Report on horse surra - Volume I
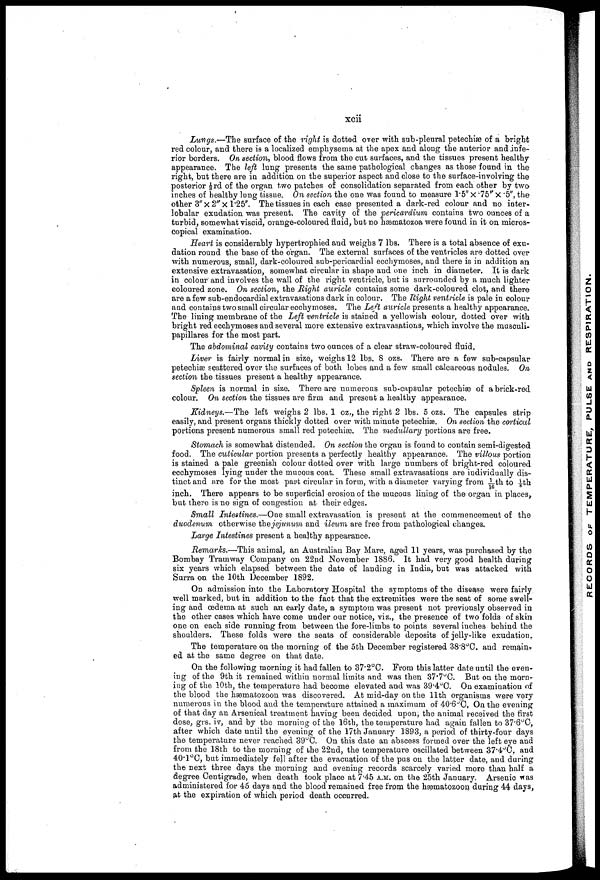
xcii
Lungs.—The surface of the right is clotted over with sub-pleural petechiæ of a bright
red colour, and there is a localized emphysema at the apex and along the anterior and infe
rior borders. On section, blood flows from the cut surfaces, and the tissues present healthy
appearance. The left lung presents the same pathological changes as those found in the
right, but there are in addition on the superior aspect and close to the surface-involving the
posterior ⅓rd of the organ two patches of consolidation separated from each other by two
inches of healthy lung tissue. On section the one was found to measure 1.5" × .75" × .5", the
other 3" ×2"× 1.25". The tissues in each case presented a dark-red colour and no inter
lobular exudation was present. The cavity of the pericardium contains two ounces of a
turbid, somewhat viscid, orange-coloured fluid, but no hætnatozoa were found in it on micros
copical examination.
Heart is considerably hypertrophied and weighs 7 lbs. There is a total absence of exu
dation round the base of the organ. The external surfaces of the ventricles are dotted over
with numerous, small, dark-coloured sub-pericardial ecchymoses, and there is in addition an
extensive extravasation, somewhat circular in shape and one inch in diameter, It is dark
in colour and involves the wall of the right ventricle, but is surrounded by a much lighter
coloured zone. On section, the Right auricle contains some dark-coloured clot, and there
are a few sub-endocardial extravasations dark in colour. The Right ventricle is pale in colour
and contains two small circular ecchymoses. The Left auricle presents a healthy appearance.
The lining membrane of the Left ventricle is stained a yellowish colour, dotted over with
bright red ecchymoses and several more extensive extravasations, which involve the musouli-
papillares for the most part.
The abdominal cavity contains two ounces of a clear straw-coloured fluid,
Liver is fairly normal in size, weighs 12 lbs. 8 ozs, There are a few sub-capsular
petechiæ scattered over the surfaces of both lobes and a few small calcareous nodules, On
section the tissues present a healthy appearance.
Spleen is normal in size. There are numerous sub-capsular petechiæ of a brick-red
colour. On section the tissues are firm and present a healthy appearance.
Kidneys.—The left weighs 2 lbs. 1 oz., the right 2 lbs. 5 ozs. The capsules strip
easily, and present organs thickly dotted over with minute petechiæ. On section the cortical
portions present numerpus small red petechiæ. The medullary portions are free.
Stomach is somewhat distended. On section the organ is found to contain semi-digested
food. The cuticular portion presents a perfectly healthy appearance. The villous portion
is stained a pale greenish colour dotted over with large numbers of bright-red coloured
ecchymoses lying under the mucous coat. These small extravasations are individually dis
tinct and are for the most part circular in form, with a diameter varying from 1/16th to 1/8th
inch, There appears to be superficial erosion of the mucous lining of the organ in places,
but there is no sign of congestion at their edges.
Small Intestines.—One small extravasation is present at the commencement of the
duodenum otherwise the jejunum and ileum are free from pathological changes.
Large Intestines present a healthy appearance.
Remarks.—This animal, an Australian Bay Mare, aged 11 years, was purchased by the
Bombay Tramway Company on 22nd November 1886. It had very good health during
six years which elapsed between the date of landing in India, but was attacked with
Surra on the 10th December 1892.
On admission into the Laboratory Hospital the symptoms of the disease were fairly
well marked, but in addition to the fact that the extremities were the seat of some swell
ing and oedema at such an early date, a symptom was present not previously observed in
the other cases which have come under our notice, viz., the presence of two folds of skin
one on each side running from between the fore-limbs to points several inches behind the
shoulders. These folds were the seats of considerable deposits of jelly-like exudation.
The temperature on the morning of the 5th December registered 38.8°C. and remain-
ed at the same degree on that date.
On the following morning it had fallen to 87.2°C. From this latter date until the even
ing of the 9th it remained within normal limits and was then 37.7°C. But on the morn¬
ing of the 10th, the temperature had become elevated and was 39.4°C. On examination of
the blood the hæmatozoon was discovered. At mid-day on the 11th organisms were very
numerous in the blood and the temperature attained a maximum of 40.6°C, On the evening
of that day an Arsenical treatment having been decided upon, the animal received the first
dose, grs. iv, and by the morning of the 16th, the temperature had again fallen to 37.6°C,
after which date until the evening of the 17th January 1893, a period of thirty-four days
the temperature never reached 39°C. On this date an abscess formed over the left eye and
from the 18th to the morning of the 22nd, the temperature oscillated between 37.4°C. and
40.1°C, but immediately fell after the evacuation of the pus on the latter date, and during
the next three days the morning and evening records scarcely varied more than half a
degree Centigrade, when death took place at 7.45 A.M. on the 25th January. Arsenic was
administered for 45 days and the blood remained free from the hæmatozoon during 44 days,
at the expiration of which period death occurred.